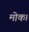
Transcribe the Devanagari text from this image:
मोक।